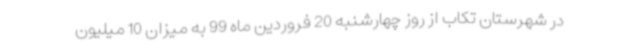
در شهرستان تکاب از روز چهارشنبه 20 فروردین ماه 99 به میزان 10 میلیون